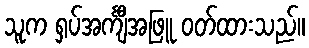
သူက ရှပ်အင်္ကျီအဖြူ ဝတ်ထားသည်။